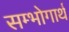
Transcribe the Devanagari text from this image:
सम्भोगार्थ